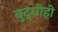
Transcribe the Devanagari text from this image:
बुद्धीही